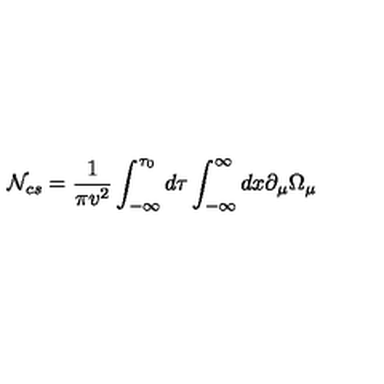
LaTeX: { \cal N } _ { c s } = \frac { 1 } { \pi v ^ { 2 } } \int _ { - \infty } ^ { \tau _ { 0 } } d \tau \int _ { - \infty } ^ { \infty } d x \partial _ { \mu } \Omega _ { \mu }